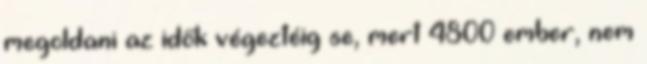
megoldani az idők végeztéig se, mert 4800 ember, nem